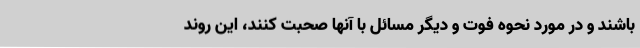
باشند و در مورد نحوه فوت و دیگر مسائل با آنها صحبت کنند، این روند